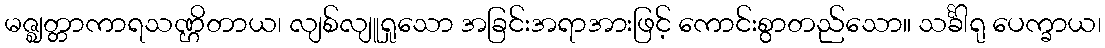
မဇ္ဈတ္တာကာရသဏ္ဌိတာယ၊ လျစ်လျူရှုသော အခြင်းအရာအားဖြင့် ကောင်းစွာတည်သော။ သင်္ခါရု ပေက္ခာယ၊